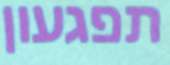
תפגעון